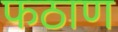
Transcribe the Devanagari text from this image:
फठाण